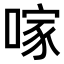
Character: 𠺢